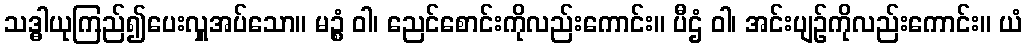
သဒ္ဓါယုကြည်၍ပေးလှူအပ်သော။ မဉ္စံ ဝါ၊ ညေင်စောင်းကိုလည်းကောင်း။ ပီဌံ ဝါ၊ အင်းပျဉ်ကိုလည်းကောင်း။ ယံ